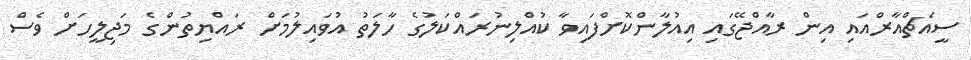
ސީއެޗްއާރްއައި އިން ރާއްޖޭގައި އިއުލާންކޮށްފައިވާ ކުއްލިނުރައްކަލުގެ ހާލަތު އުވައިލުމަށް ރައްޔިތުންގެ މަޖިލީހަށް ވެސް